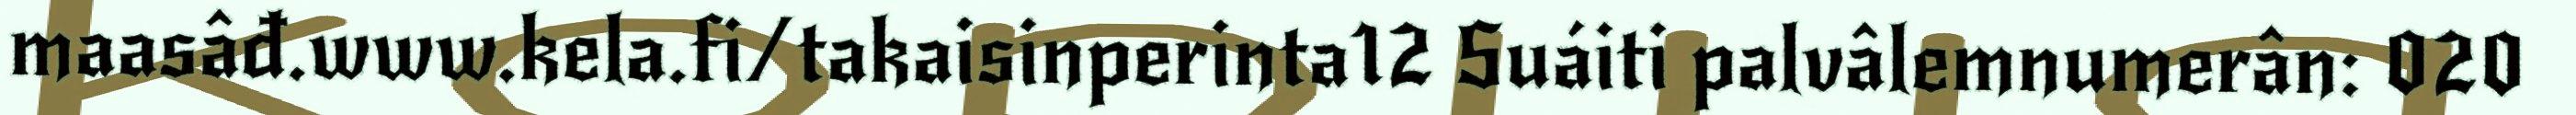
maasâđ.www.kela.fi/takaisinperinta12 Suáiti palvâlemnumerân: 020